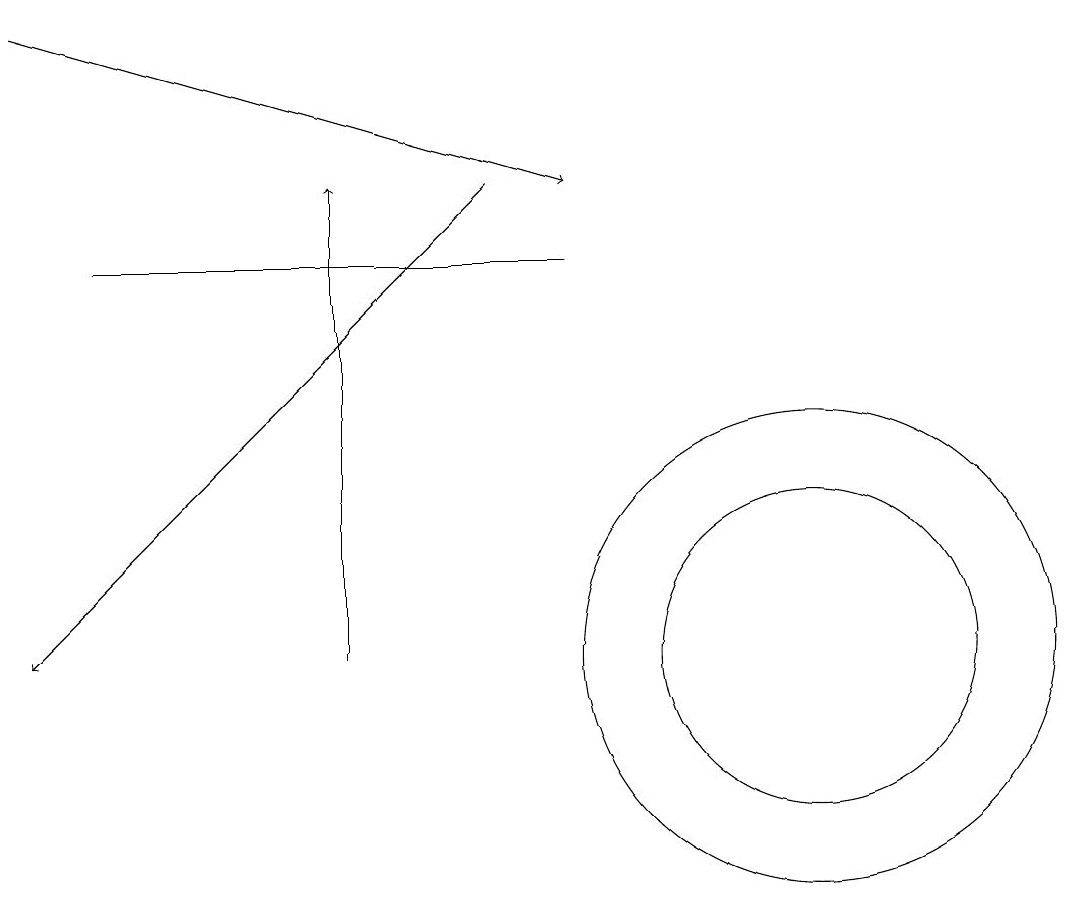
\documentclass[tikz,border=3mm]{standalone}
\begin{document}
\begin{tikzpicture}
\draw[->] (0,18) -- (7,16);
\draw[->] (4,10) -- (4,16);
\draw (10,10) circle (3);
\draw (10,10) circle (2);
\draw (1,15) rectangle (7,15);
\draw[->] (6,16) -- (0,10);
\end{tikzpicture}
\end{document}